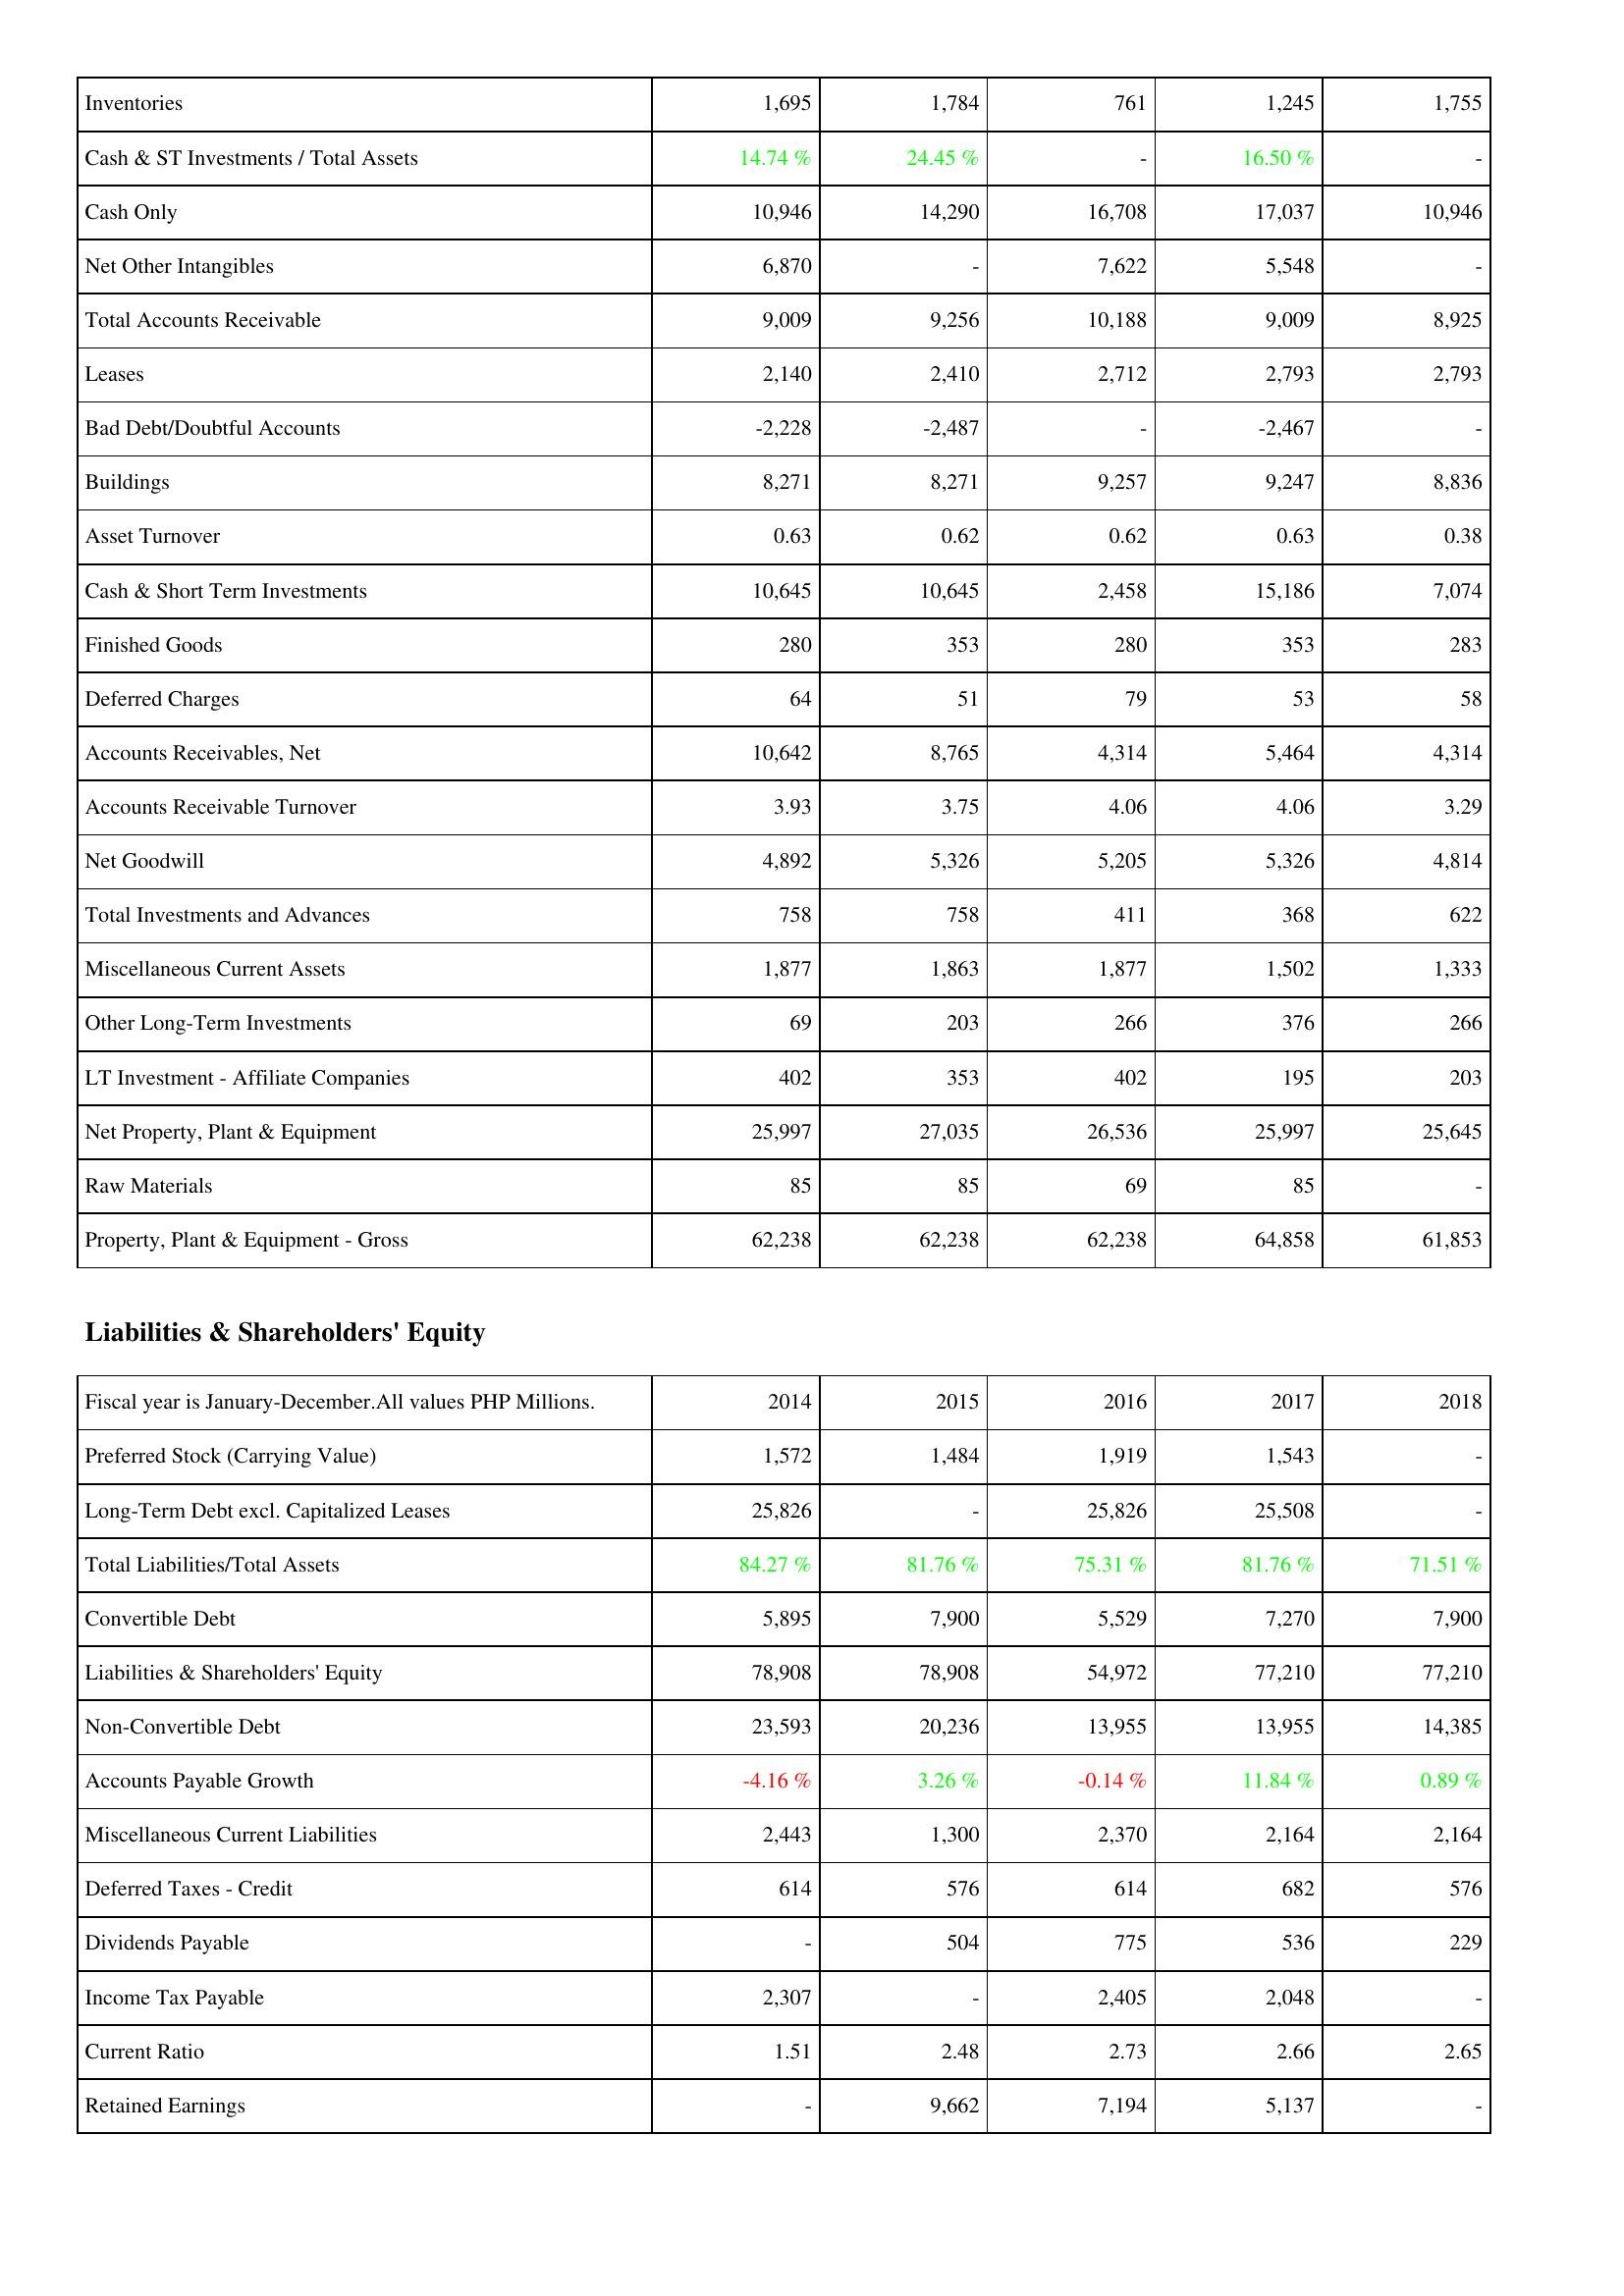
2014: Assets: Inventories: 1,695
Cash & ST Investments / Total Assets: 14.74 %
Cash Only: 10,946
Net Other Intangibles: 6,870
Total Accounts Receivable: 9,009
Leases: 2,140
Bad Debt/Doubtful Accounts: -2,228
Buildings: 8,271
Asset Turnover: 0.63
Cash & Short Term Investments: 10,645
Finished Goods: 280
Deferred Charges: 64
Accounts Receivables, Net: 10,642
Accounts Receivable Turnover: 3.93
Net Goodwill: 4,892
Total Investments and Advances: 758
Miscellaneous Current Assets: 1,877
Other Long-Term Investments: 69
LT Investment - Affiliate Companies: 402
Net Property, Plant & Equipment: 25,997
Raw Materials: 85
Property, Plant & Equipment - Gross: 62,238
Liabilities & Shareholders' Equity: Preferred Stock (Carrying Value): 1,572
Long-Term Debt excl. Capitalized Leases: 25,826
Total Liabilities/Total Assets: 84.27 %
Convertible Debt: 5,895
Liabilities & Shareholders' Equity: 78,908
Non-Convertible Debt: 23,593
Accounts Payable Growth: -4.16 %
Miscellaneous Current Liabilities: 2,443
Deferred Taxes - Credit: 614
Dividends Payable: -
Income Tax Payable: 2,307
Current Ratio: 1.51
Retained Earnings: -
2015: Assets: Inventories: 1,784
Cash & ST Investments / Total Assets: 24.45 %
Cash Only: 14,290
Net Other Intangibles: -
Total Accounts Receivable: 9,256
Leases: 2,410
Bad Debt/Doubtful Accounts: -2,487
Buildings: 8,271
Asset Turnover: 0.62
Cash & Short Term Investments: 10,645
Finished Goods: 353
Deferred Charges: 51
Accounts Receivables, Net: 8,765
Accounts Receivable Turnover: 3.75
Net Goodwill: 5,326
Total Investments and Advances: 758
Miscellaneous Current Assets: 1,863
Other Long-Term Investments: 203
LT Investment - Affiliate Companies: 353
Net Property, Plant & Equipment: 27,035
Raw Materials: 85
Property, Plant & Equipment - Gross: 62,238
Liabilities & Shareholders' Equity: Preferred Stock (Carrying Value): 1,484
Long-Term Debt excl. Capitalized Leases: -
Total Liabilities/Total Assets: 81.76 %
Convertible Debt: 7,900
Liabilities & Shareholders' Equity: 78,908
Non-Convertible Debt: 20,236
Accounts Payable Growth: 3.26 %
Miscellaneous Current Liabilities: 1,300
Deferred Taxes - Credit: 576
Dividends Payable: 504
Income Tax Payable: -
Current Ratio: 2.48
Retained Earnings: 9,662
2016: Assets: Inventories: 761
Cash & ST Investments / Total Assets: -
Cash Only: 16,708
Net Other Intangibles: 7,622
Total Accounts Receivable: 10,188
Leases: 2,712
Bad Debt/Doubtful Accounts: -
Buildings: 9,257
Asset Turnover: 0.62
Cash & Short Term Investments: 2,458
Finished Goods: 280
Deferred Charges: 79
Accounts Receivables, Net: 4,314
Accounts Receivable Turnover: 4.06
Net Goodwill: 5,205
Total Investments and Advances: 411
Miscellaneous Current Assets: 1,877
Other Long-Term Investments: 266
LT Investment - Affiliate Companies: 402
Net Property, Plant & Equipment: 26,536
Raw Materials: 69
Property, Plant & Equipment - Gross: 62,238
Liabilities & Shareholders' Equity: Preferred Stock (Carrying Value): 1,919
Long-Term Debt excl. Capitalized Leases: 25,826
Total Liabilities/Total Assets: 75.31 %
Convertible Debt: 5,529
Liabilities & Shareholders' Equity: 54,972
Non-Convertible Debt: 13,955
Accounts Payable Growth: -0.14 %
Miscellaneous Current Liabilities: 2,370
Deferred Taxes - Credit: 614
Dividends Payable: 775
Income Tax Payable: 2,405
Current Ratio: 2.73
Retained Earnings: 7,194
2017: Assets: Inventories: 1,245
Cash & ST Investments / Total Assets: 16.50 %
Cash Only: 17,037
Net Other Intangibles: 5,548
Total Accounts Receivable: 9,009
Leases: 2,793
Bad Debt/Doubtful Accounts: -2,467
Buildings: 9,247
Asset Turnover: 0.63
Cash & Short Term Investments: 15,186
Finished Goods: 353
Deferred Charges: 53
Accounts Receivables, Net: 5,464
Accounts Receivable Turnover: 4.06
Net Goodwill: 5,326
Total Investments and Advances: 368
Miscellaneous Current Assets: 1,502
Other Long-Term Investments: 376
LT Investment - Affiliate Companies: 195
Net Property, Plant & Equipment: 25,997
Raw Materials: 85
Property, Plant & Equipment - Gross: 64,858
Liabilities & Shareholders' Equity: Preferred Stock (Carrying Value): 1,543
Long-Term Debt excl. Capitalized Leases: 25,508
Total Liabilities/Total Assets: 81.76 %
Convertible Debt: 7,270
Liabilities & Shareholders' Equity: 77,210
Non-Convertible Debt: 13,955
Accounts Payable Growth: 11.84 %
Miscellaneous Current Liabilities: 2,164
Deferred Taxes - Credit: 682
Dividends Payable: 536
Income Tax Payable: 2,048
Current Ratio: 2.66
Retained Earnings: 5,137
2018: Assets: Inventories: 1,755
Cash & ST Investments / Total Assets: -
Cash Only: 10,946
Net Other Intangibles: -
Total Accounts Receivable: 8,925
Leases: 2,793
Bad Debt/Doubtful Accounts: -
Buildings: 8,836
Asset Turnover: 0.38
Cash & Short Term Investments: 7,074
Finished Goods: 283
Deferred Charges: 58
Accounts Receivables, Net: 4,314
Accounts Receivable Turnover: 3.29
Net Goodwill: 4,814
Total Investments and Advances: 622
Miscellaneous Current Assets: 1,333
Other Long-Term Investments: 266
LT Investment - Affiliate Companies: 203
Net Property, Plant & Equipment: 25,645
Raw Materials: -
Property, Plant & Equipment - Gross: 61,853
Liabilities & Shareholders' Equity: Preferred Stock (Carrying Value): -
Long-Term Debt excl. Capitalized Leases: -
Total Liabilities/Total Assets: 71.51 %
Convertible Debt: 7,900
Liabilities & Shareholders' Equity: 77,210
Non-Convertible Debt: 14,385
Accounts Payable Growth: 0.89 %
Miscellaneous Current Liabilities: 2,164
Deferred Taxes - Credit: 576
Dividends Payable: 229
Income Tax Payable: -
Current Ratio: 2.65
Retained Earnings: -